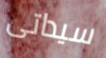
سيداتى